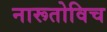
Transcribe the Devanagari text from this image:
नारूतोविच